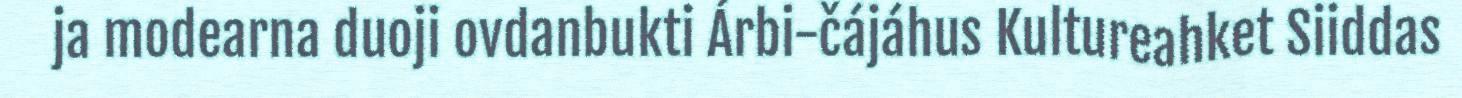
ja modearna duoji ovdanbukti Árbi-čájáhus Kultureahket Siiddas